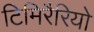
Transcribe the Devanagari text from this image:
टिमिरैरियो